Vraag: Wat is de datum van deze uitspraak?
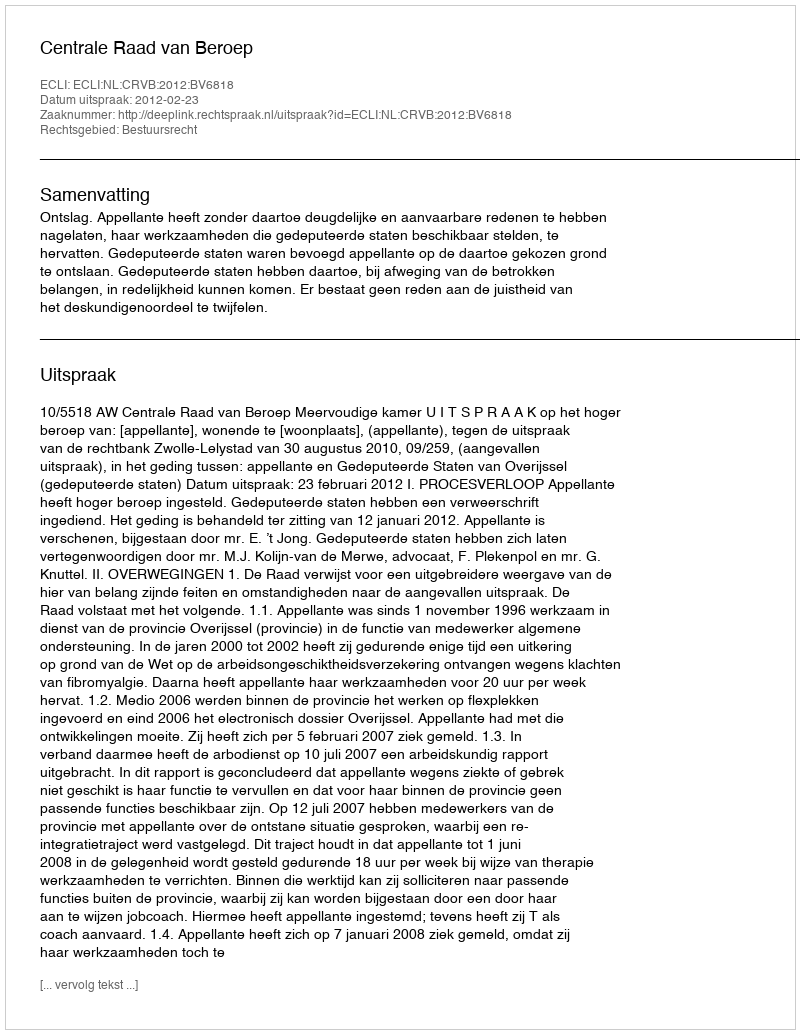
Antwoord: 2012-02-23